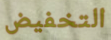
التخفيض